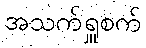
အသက်ရှူစက်